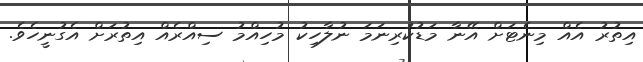
އިތުރު އެއް މިނެޓަށް އޭނާ މަޑުކުރިނަމަ ނުލާހިކު މުހިއްމު ސިއްރެއް އިތުރަށް އެގުނީހެވެ.